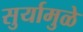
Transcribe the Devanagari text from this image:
सुर्यामुळे